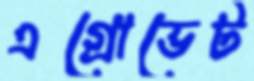
এগ্রোভেট